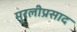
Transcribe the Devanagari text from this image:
मुरलीप्रसाद